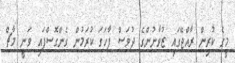
މީގެ ކުރިން ރާއްޖޭގައި ޒުވާނުންގެ ދުވަސް ފާހަގަ ކުރަމުން ގެންގޮސްފައި ވަނީ މާޗް